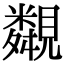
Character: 䚏